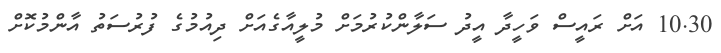
10.30 އަށް ރައީސް ވަހީދާ އީދު ސަލާންކުރުމަށް މުލީއާގެއަށް ދިއުމުގެ ފުރުސަތު އާންމުކޮށް